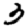
Digit: 3